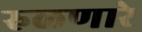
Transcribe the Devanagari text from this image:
रुळणारे